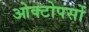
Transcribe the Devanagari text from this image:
ओक्टोपसों